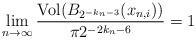
LaTeX: \begin{align*}\lim_{n \rightarrow \infty} \frac{\mathrm{Vol}(B_{2^{-k_n-3}}(x_{n,i}))}{\pi 2^{-2k_n-6}}=1\end{align*}